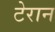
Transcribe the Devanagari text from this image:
टेरान